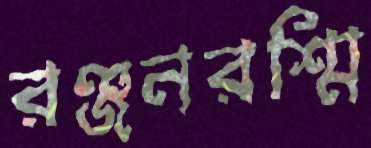
রঞ্জনরশ্মি